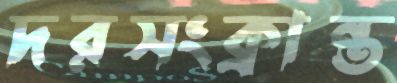
দরসংক্রান্ত